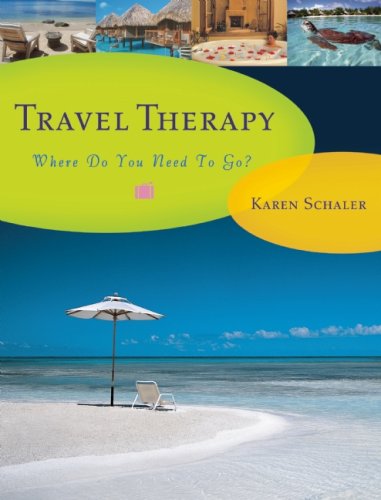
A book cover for Travel Therapy: Where Do You Need to Go?; Karen Schaler; Crafts, Hobbies & Home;